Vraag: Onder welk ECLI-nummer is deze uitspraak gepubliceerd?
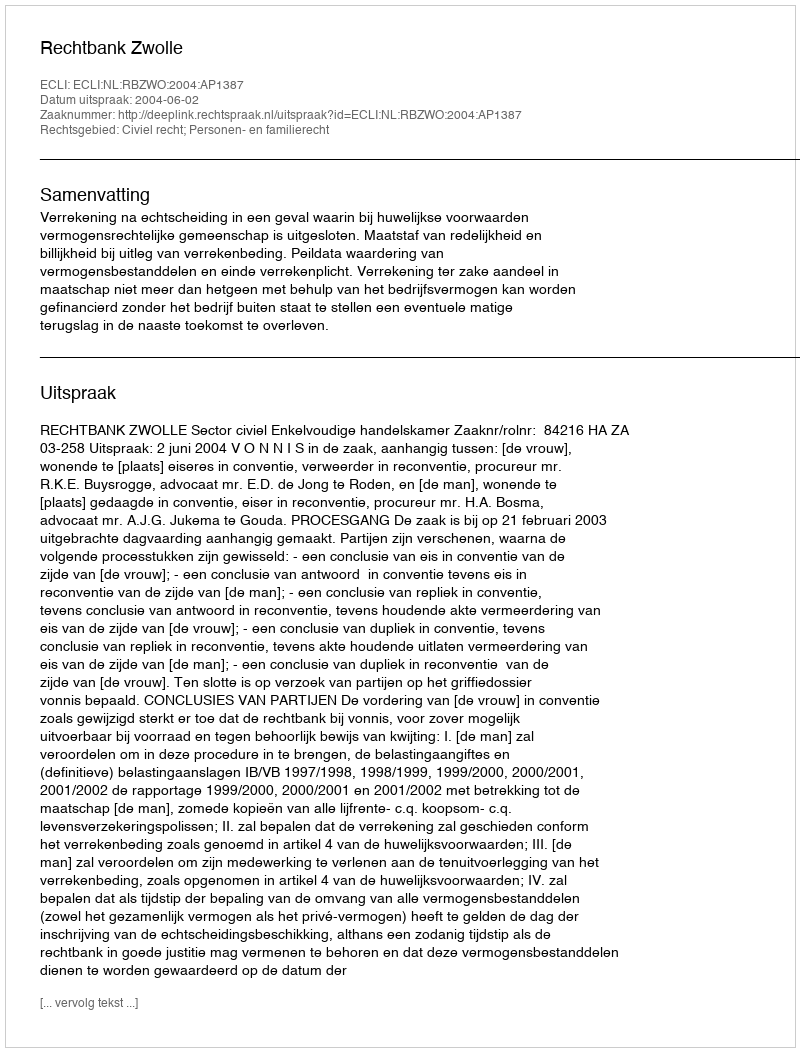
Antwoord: ECLI:NL:RBZWO:2004:AP1387